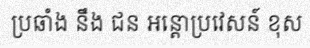
ប្រឆាំង នឹង ជន អន្តោប្រវេសន៍ ខុស